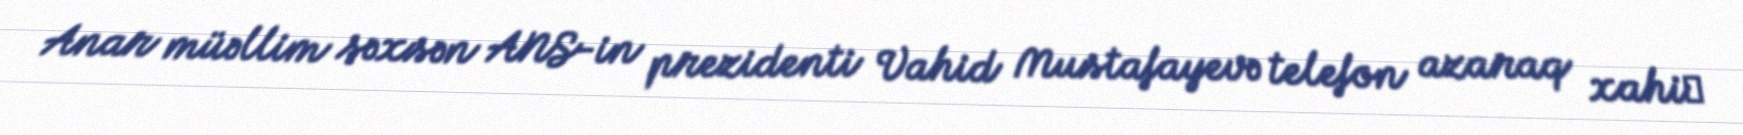
Anar müəllim şəxsən ANS-in prezidenti Vahid Mustafayevə telefon azaraq xahiє